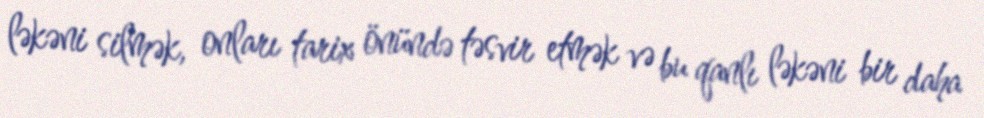
ləkəni silmək, onları tarix önündə təsvir etmək və bu qanlı ləkəni bir daha